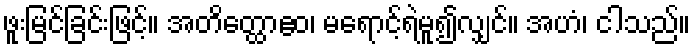
ဖူးမြင်ခြင်းဖြင့်။ အတိတ္ထောဧဝ၊ မရောင့်ရဲမူ၍လျှင်။ အဟံ၊ ငါသည်။